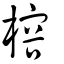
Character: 榕